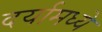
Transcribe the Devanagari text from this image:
दर्यामध्ये